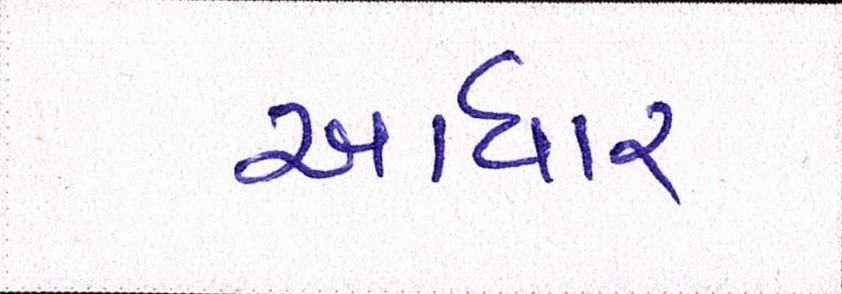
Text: આધાર